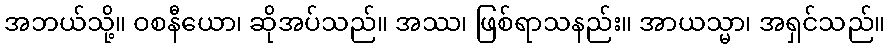
အဘယ်သို့။ ဝစနီယော၊ ဆိုအပ်သည်။ အဿ၊ ဖြစ်ရာသနည်း။ အာယသ္မာ၊ အရှင်သည်။